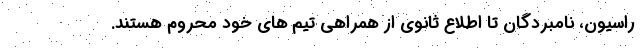
راسیون، نامبردگان تا اطلاع ثانوی از همراهی تیم های خود محروم هستند.